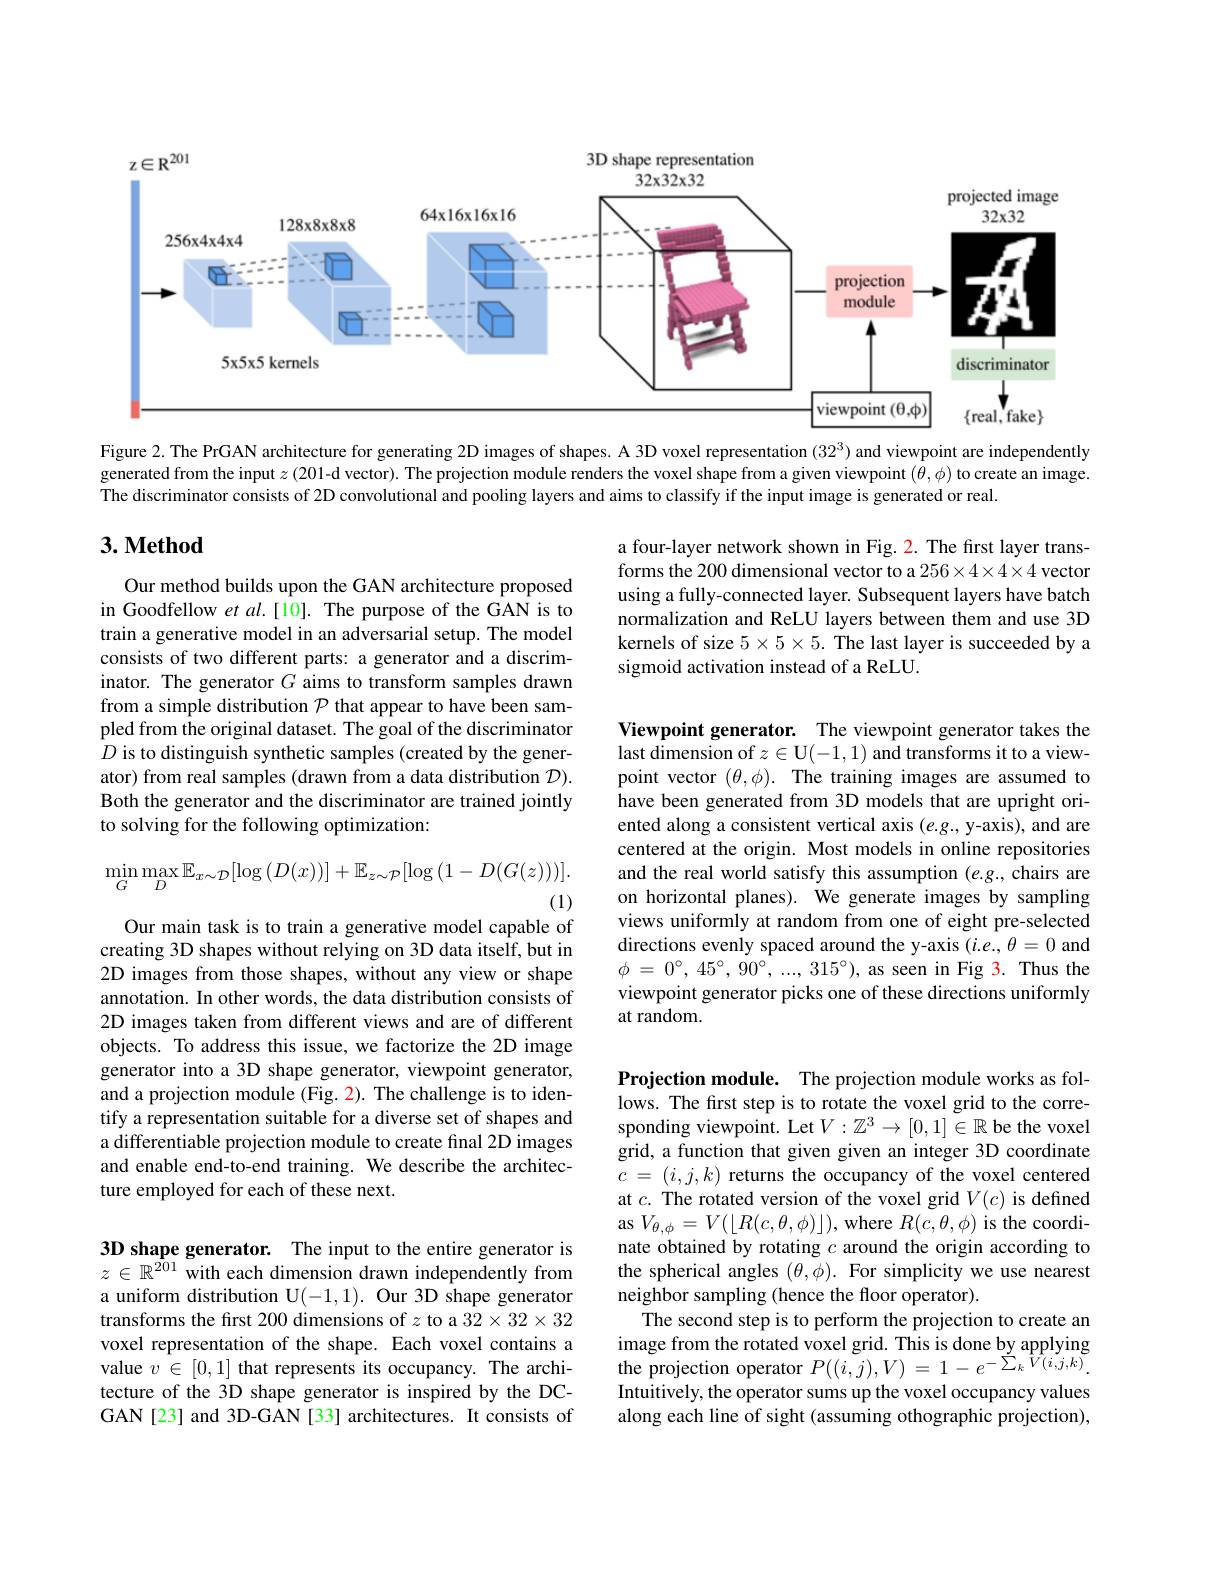
<FigureHere>

Figure 2. The PrGAN architecture for generating 2D images of shapes. A 3D voxel representation (32$^3)$ and viewpoint are independently generated from the input $z$ (201-d vector). The projection module renders the voxel shape from a given viewpoint $(\theta,\phi)$ to create an image. The discriminator consists of 2D convolutional and pooling layers and aims to classify if the input image is generated or real

## $3. \textbf{Method}$

a four-layer network shown in Fig. 2. The first layer transforms the 200 dimensional vector to a $256\times4\times4\times4$ vector using a fully-connected layer. Subsequent layers have batch normalization and ReLU layers between them and use 3D kernels of size $5\times5\times5.$ The last layer is succeeded by a sigmoid activation instead of a ReLU.

Our method builds upon the GAN architecture proposed in Goodfellow et al.[10]. The purpose of the GAN is to train a generative model in an adversarial setup. The model consists of two different parts: a generator and a discriminator. The generator $G$ aims to transform samples drawn from a simple distribution $\mathcal{P}$ that appear to have been sampled from the original dataset. The goal of the discriminator $D$ is to distinguish synthetic samples (created by the generator) from real samples (drawn from a data distribution $\mathcal{D}).$ Both the generator and the discriminator are trained jointly to solving for the following optimization:

Viewpoint generator. The viewpoint generator takes the $\bar{\text{last dimension of }z\in\mathbf{U}}(-1,1)\bar{\text{ and transforms it to a view-}}$ point vector $(\theta,\phi).$ The training images are assumed to have been generated from 3D models that are upright oriented along a consistent vertical axis $(e.g.$, y-axis), and are centered at the origin. Most models in online repositories and the real world satisfy this assumption (e.g., chairs are on horizontal planes). We generate images by sampling views uniformly at random from one of eight pre-selected directions evenly spaced around the y-axis (i.e., $\theta=0$ and $\phi$ = $0^{\circ }$, $45^{\circ }$, $90^{\circ }$, ..., $315^{\circ }) $, as seen in Fig 3. Thus the viewpoint generator picks one of these directions uniformly at random.
$$\operatorname*{min}_{G}\operatorname*{max}_{D}\mathbb{E}_{x\sim\mathcal{D}}[\log{(D(x))}]+\mathbb{E}_{z\sim\mathcal{P}}[\log{(1-D(G(z)))}].$$
(1)

Our main task is to train a generative model capable of creating 3D shapes without relying on 3D data itself, but in 2D images from those shapes, without any view or shape annotation. In other words, the data distribution consists of 2D images taken from different views and are of different objects. To address this issue, we factorize the 2D image generator into a 3D shape generator, viewpoint generator, and a projection module (Fig. 2). The challenge is to identify a representation suitable for a diverse set of shapes and a differentiable projection module to create final 2D images and enable end-to-end training. We describe the architecture employed for each of these next.

Projection module. The projection module works as follows. The first step is to rotate the voxel grid to the corresponding viewpoint. Let $V:\mathbb{Z}^3\to[0,1]\in\mathbb{R}$ be the voxel grid, a function that given given an integer 3D coordinate $c$ = $( i, j, k)$ returns the occupancy of the voxel centered at $c.$ The rotated version of the voxel grid $V(c)$ is defined as $V_{\theta,\phi}=V(\lfloor R(c,\theta,\phi)\rfloor)$,where $R(c,\theta,\phi)$ is the coordinate obtained by rotating $c$ around the origin according to the spherical angles $(\theta,\phi).$ For simplicity we use nearest $\hat{\text{neighbor sampling (hence the floor operator)}}.$
The second step is to perform the projection to create an image from the rotated voxel grid. This is done by applying the projection operator $P((i,j),V)=1-e^{-\sum_kV(i,j,k)}.$ Intuitively, the operator sums up the voxel occupancy values along each line of sight (assuming othographic projection),

3D shape generator. The input to the entire generator is $z\in\mathbb{R}^{\hat{201}}$ with each dimension drawn independently from a uniform distribution U(-1,1). Our 3D shape generator transforms the first 200 dimensions of $z$ to a $32\times32\times32$ voxel representation of the shape. Each voxel contains a value $v\in[0,1]$ that represents its occupancy. The architecture of the 3D shape generator is inspired by the DCGAN[23] and 3D-GAN[33] architectures. It consists of